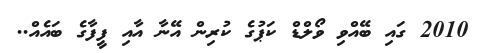
2010 ގައި ބޭއްވި ވޯލްޑް ކަޕުގެ ކުރިން އޭނާ އާއި ފީފާގެ ބައެއް..